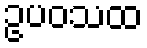
ဥပဝသထ